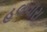
હલવારા